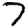
Digit: 7